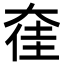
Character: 㚝